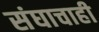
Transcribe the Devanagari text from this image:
संघाचाही